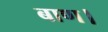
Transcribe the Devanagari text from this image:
बाण।